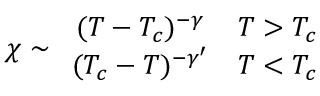
\chi \sim \begin{array} { c c } { { ( T - T _ { c } ) ^ { - \gamma } } } & { { T > T _ { c } } } \\ { { ( T _ { c } - T ) ^ { - \gamma ^ { \prime } } } } & { { T < T _ { c } } } \end{array}